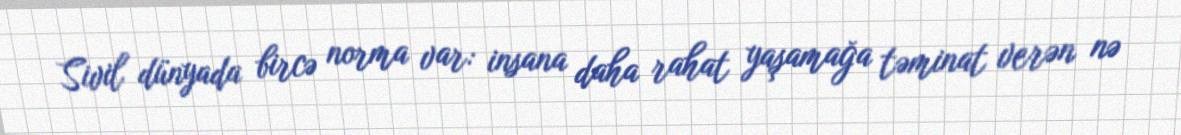
Sivil dünyada bircə norma var: insana daha rahat yaşamağa təminat verən nə